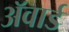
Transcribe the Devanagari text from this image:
अॅवार्ड